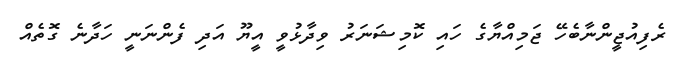
ރެފިއުޖީންނާބެހޭ ޖަމިއްޔާގެ ހައި ކޮމިޝަނަރު ވިދާޅުވީ އީޔޫ އަދި ފެންނަނީ ހަދާނެ ގޮތެއް